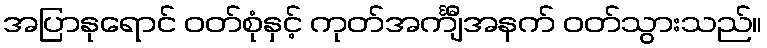
အပြာနုရောင် ဝတ်စုံနှင့် ကုတ်အင်္ကျီအနက် ဝတ်သွားသည်။